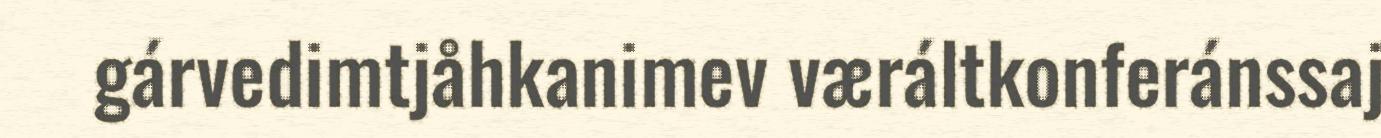
gárvedimtjåhkanimev væráltkonferánssaj